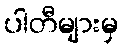
ပါတီများမှ